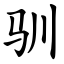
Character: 驯